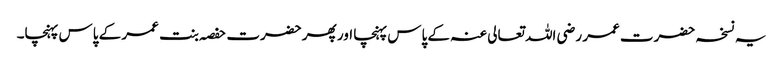
یہ نسخہ حضرت عمر رضی اللہ تعالی عنہ کے پاس پہنچا اور پھر حضرت حفصہ بنت عمر کے پاس پہنچا۔